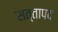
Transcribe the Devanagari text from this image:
सत्तापद